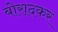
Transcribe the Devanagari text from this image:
बोरादकर